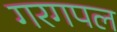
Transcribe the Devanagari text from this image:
गरगपल